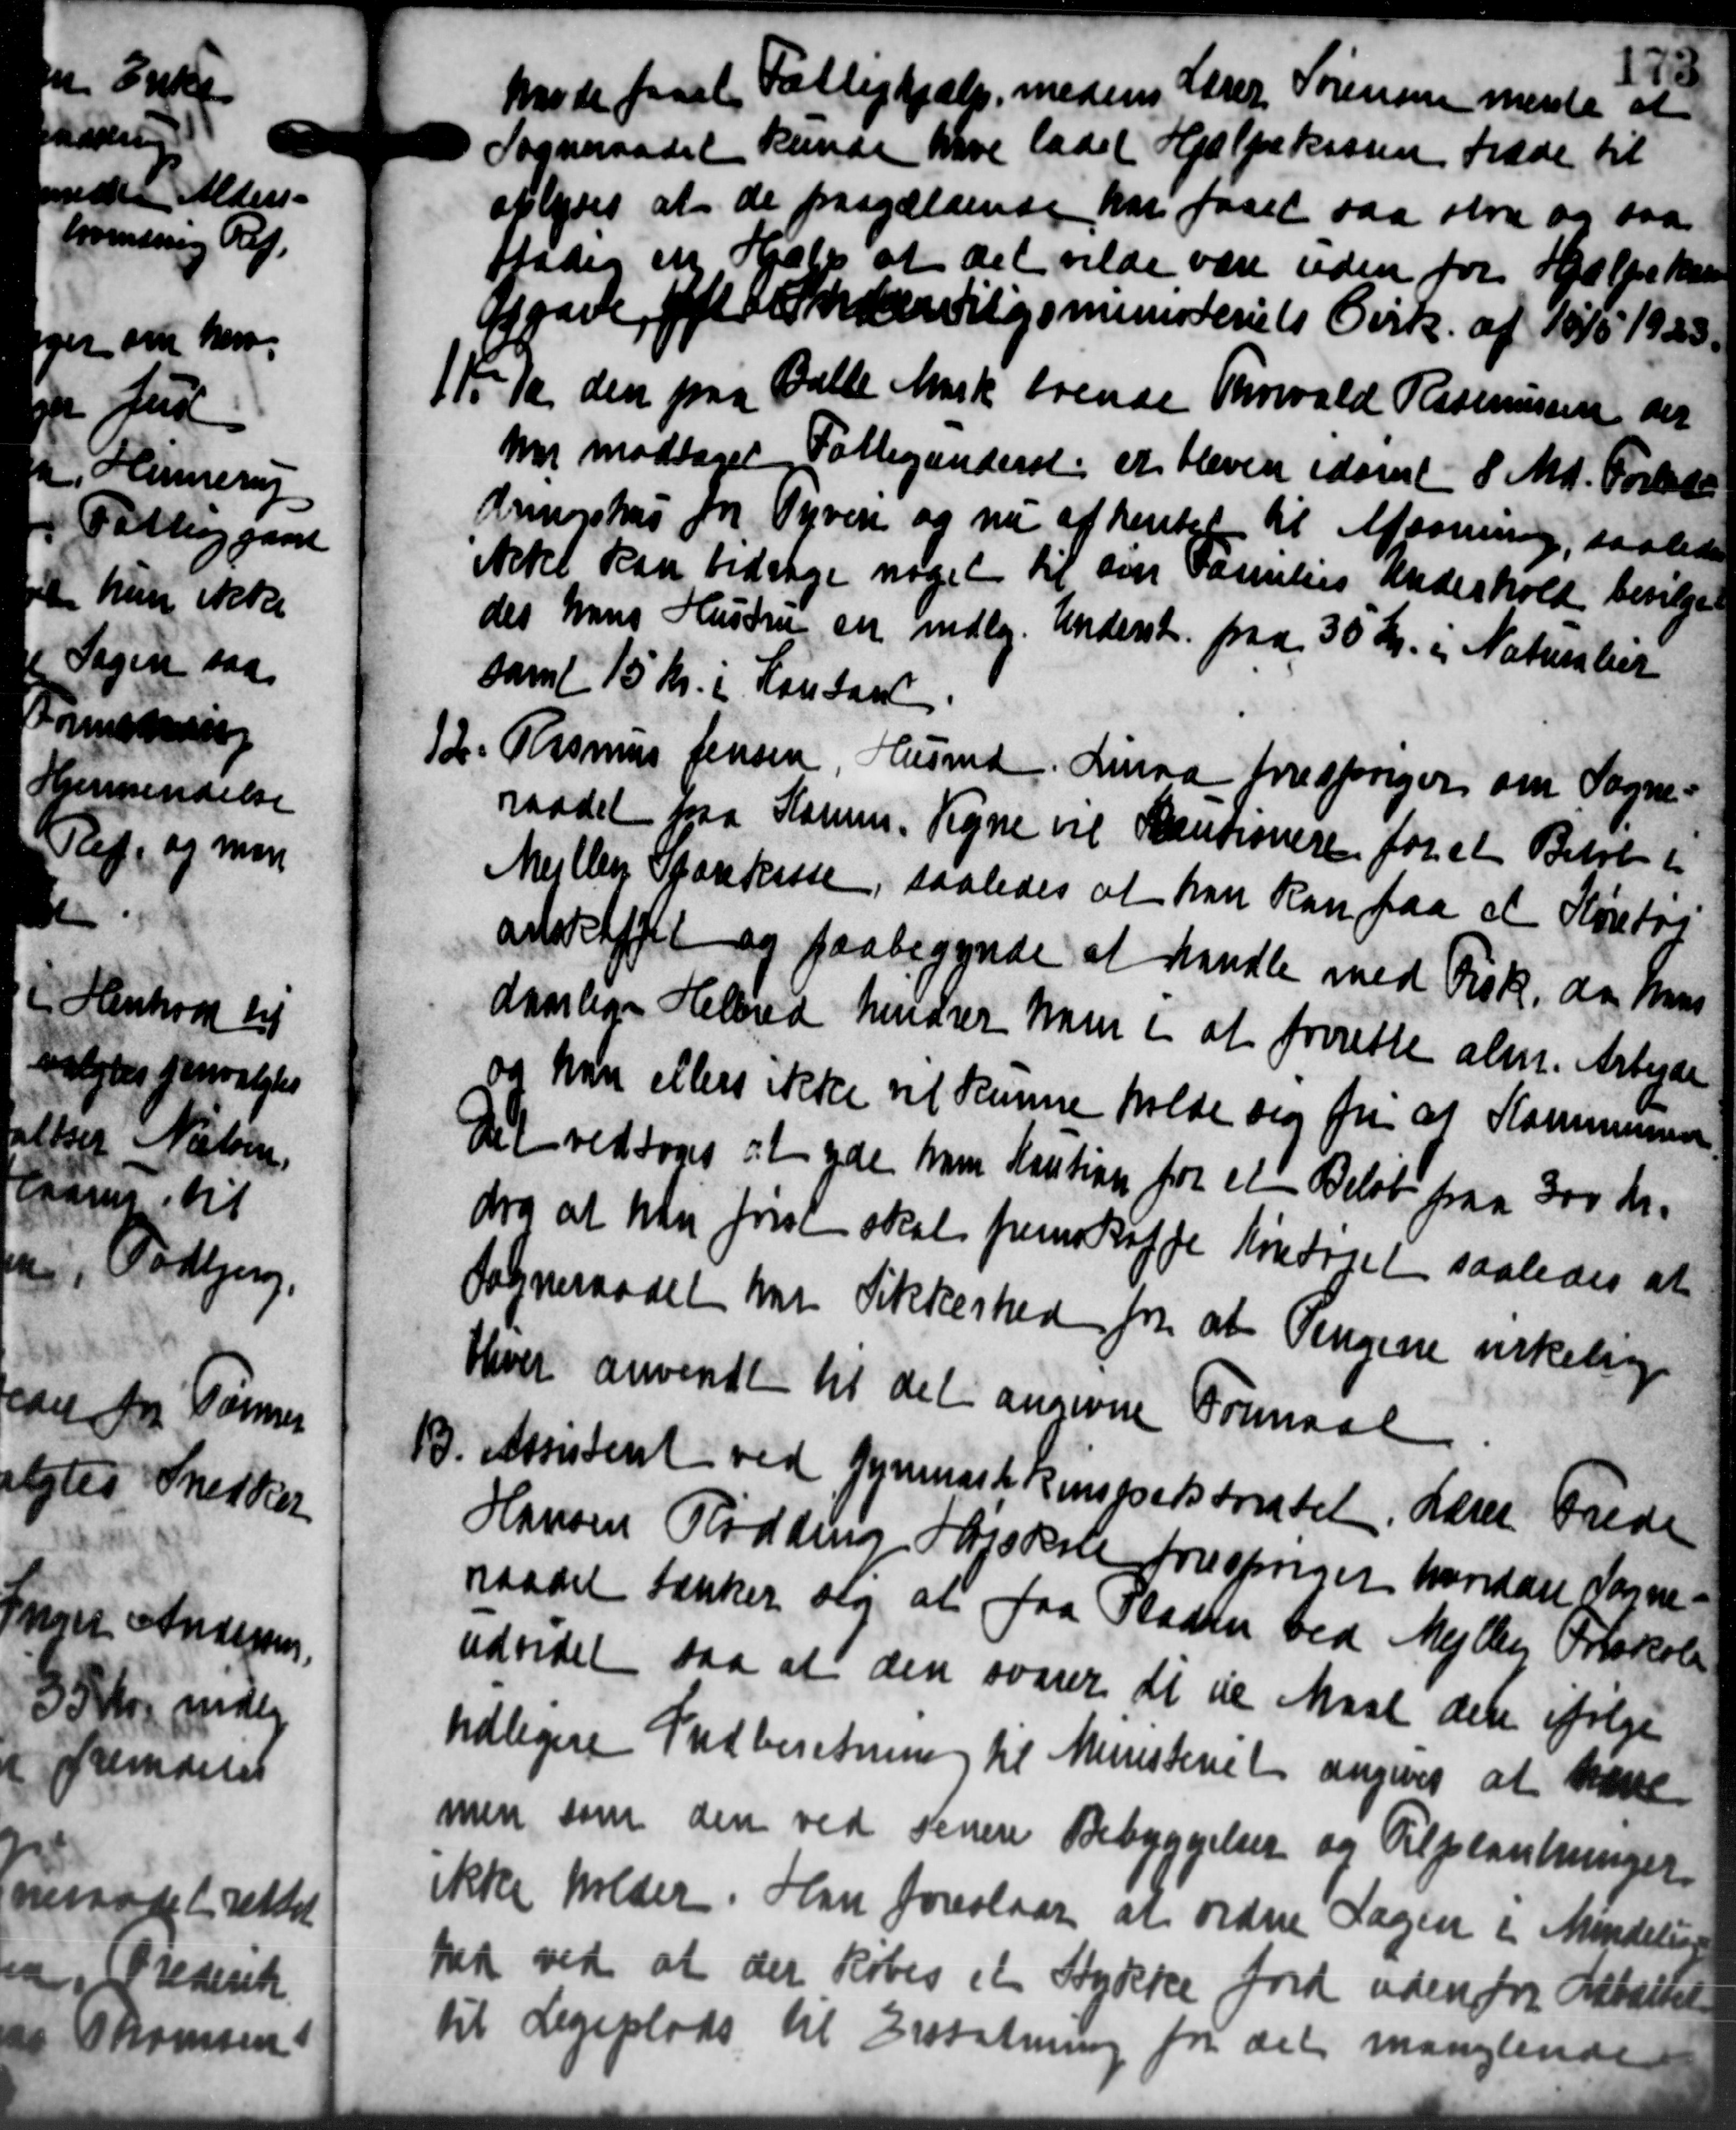
Transskription:
Møde faaet Fattighjælp medens Lærer Sørensen mente at
Sogneraadet kunde have ladet Hjælpekassen træde til
oplyses at de paagældende har faaet saa stra og saa
fader en Hjælp at det vilde være uden for Hjælpekasse
ygade, Henrigsministeriets Cirk. af 15/5 1920.
1 Kr 10 den paa Dalle Mark trende Thorvald Rasmussen der
1 Kr 10 den paa Dalle Mark trende Thorvald Rasmussen der
n modtaget Fattigunderst er bleven idømt 8. Md. Forlade
Kringshus for Syven og nu af hentet til Afsoning, saaledes
ikke kan bidrage noget til over Families Underhold bevilges
des hans Hustru en mdlg. Underst paa 30 Kr. i Naturber
samt 15 Kr. i Kontan
12. Rasmus Jensen, Husmd. Linaa fraspriger om Sogne-
12. Rasmus Jensen, Husmd. Linaa fraspriger om Sogne-
raadet paa Kommu. Tegne vil Kautionere for et Beløb ti
Mejlby Sparekasse, saaledes at han kan faa et Kontoi
adoktfelt og paabegynde at handle med Fisk, da hvis
daarlige Helbred henarer ham i at forrette alm. Arbejde
og han ellers ikke vil kunne holde sig fri af Kommunen
Det vedtoges at yde ham Kaution for en Beløb paa 300 Kr.
dog at han førsen skal fremskaffe Kintriet saaledes at
Sogneraadet har ikkerhed for at Pengene erkelig
Hever anvendt til det angivne Formaae
13. Assistent ved Gymnastkinspektoratet. Lærer Frede
13. Assistent ved Gymnastkinspektoratet. Lærer Frede
Hansen Rødding Højskole forespørger hovedere Varme-
raadet tænker sig at faa Pladsen ved Mejlby Ortskole
udvidet saa at den svarer at de Maal den ifølge
tidligere Indberetning til Ministeriet angives at have
men som den ved senere Bebyggelser og Tilplantninger
ikke holder. Han foreslaar at ordne Sagen i Mindelin
ket ved at der købes et Stykke ford udenfor Ansættel
til Legeplads til Erstatning fra det manglende